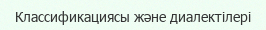
Классификациясы және диалектілері